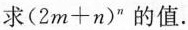
求(2m+n)^{n}的值。